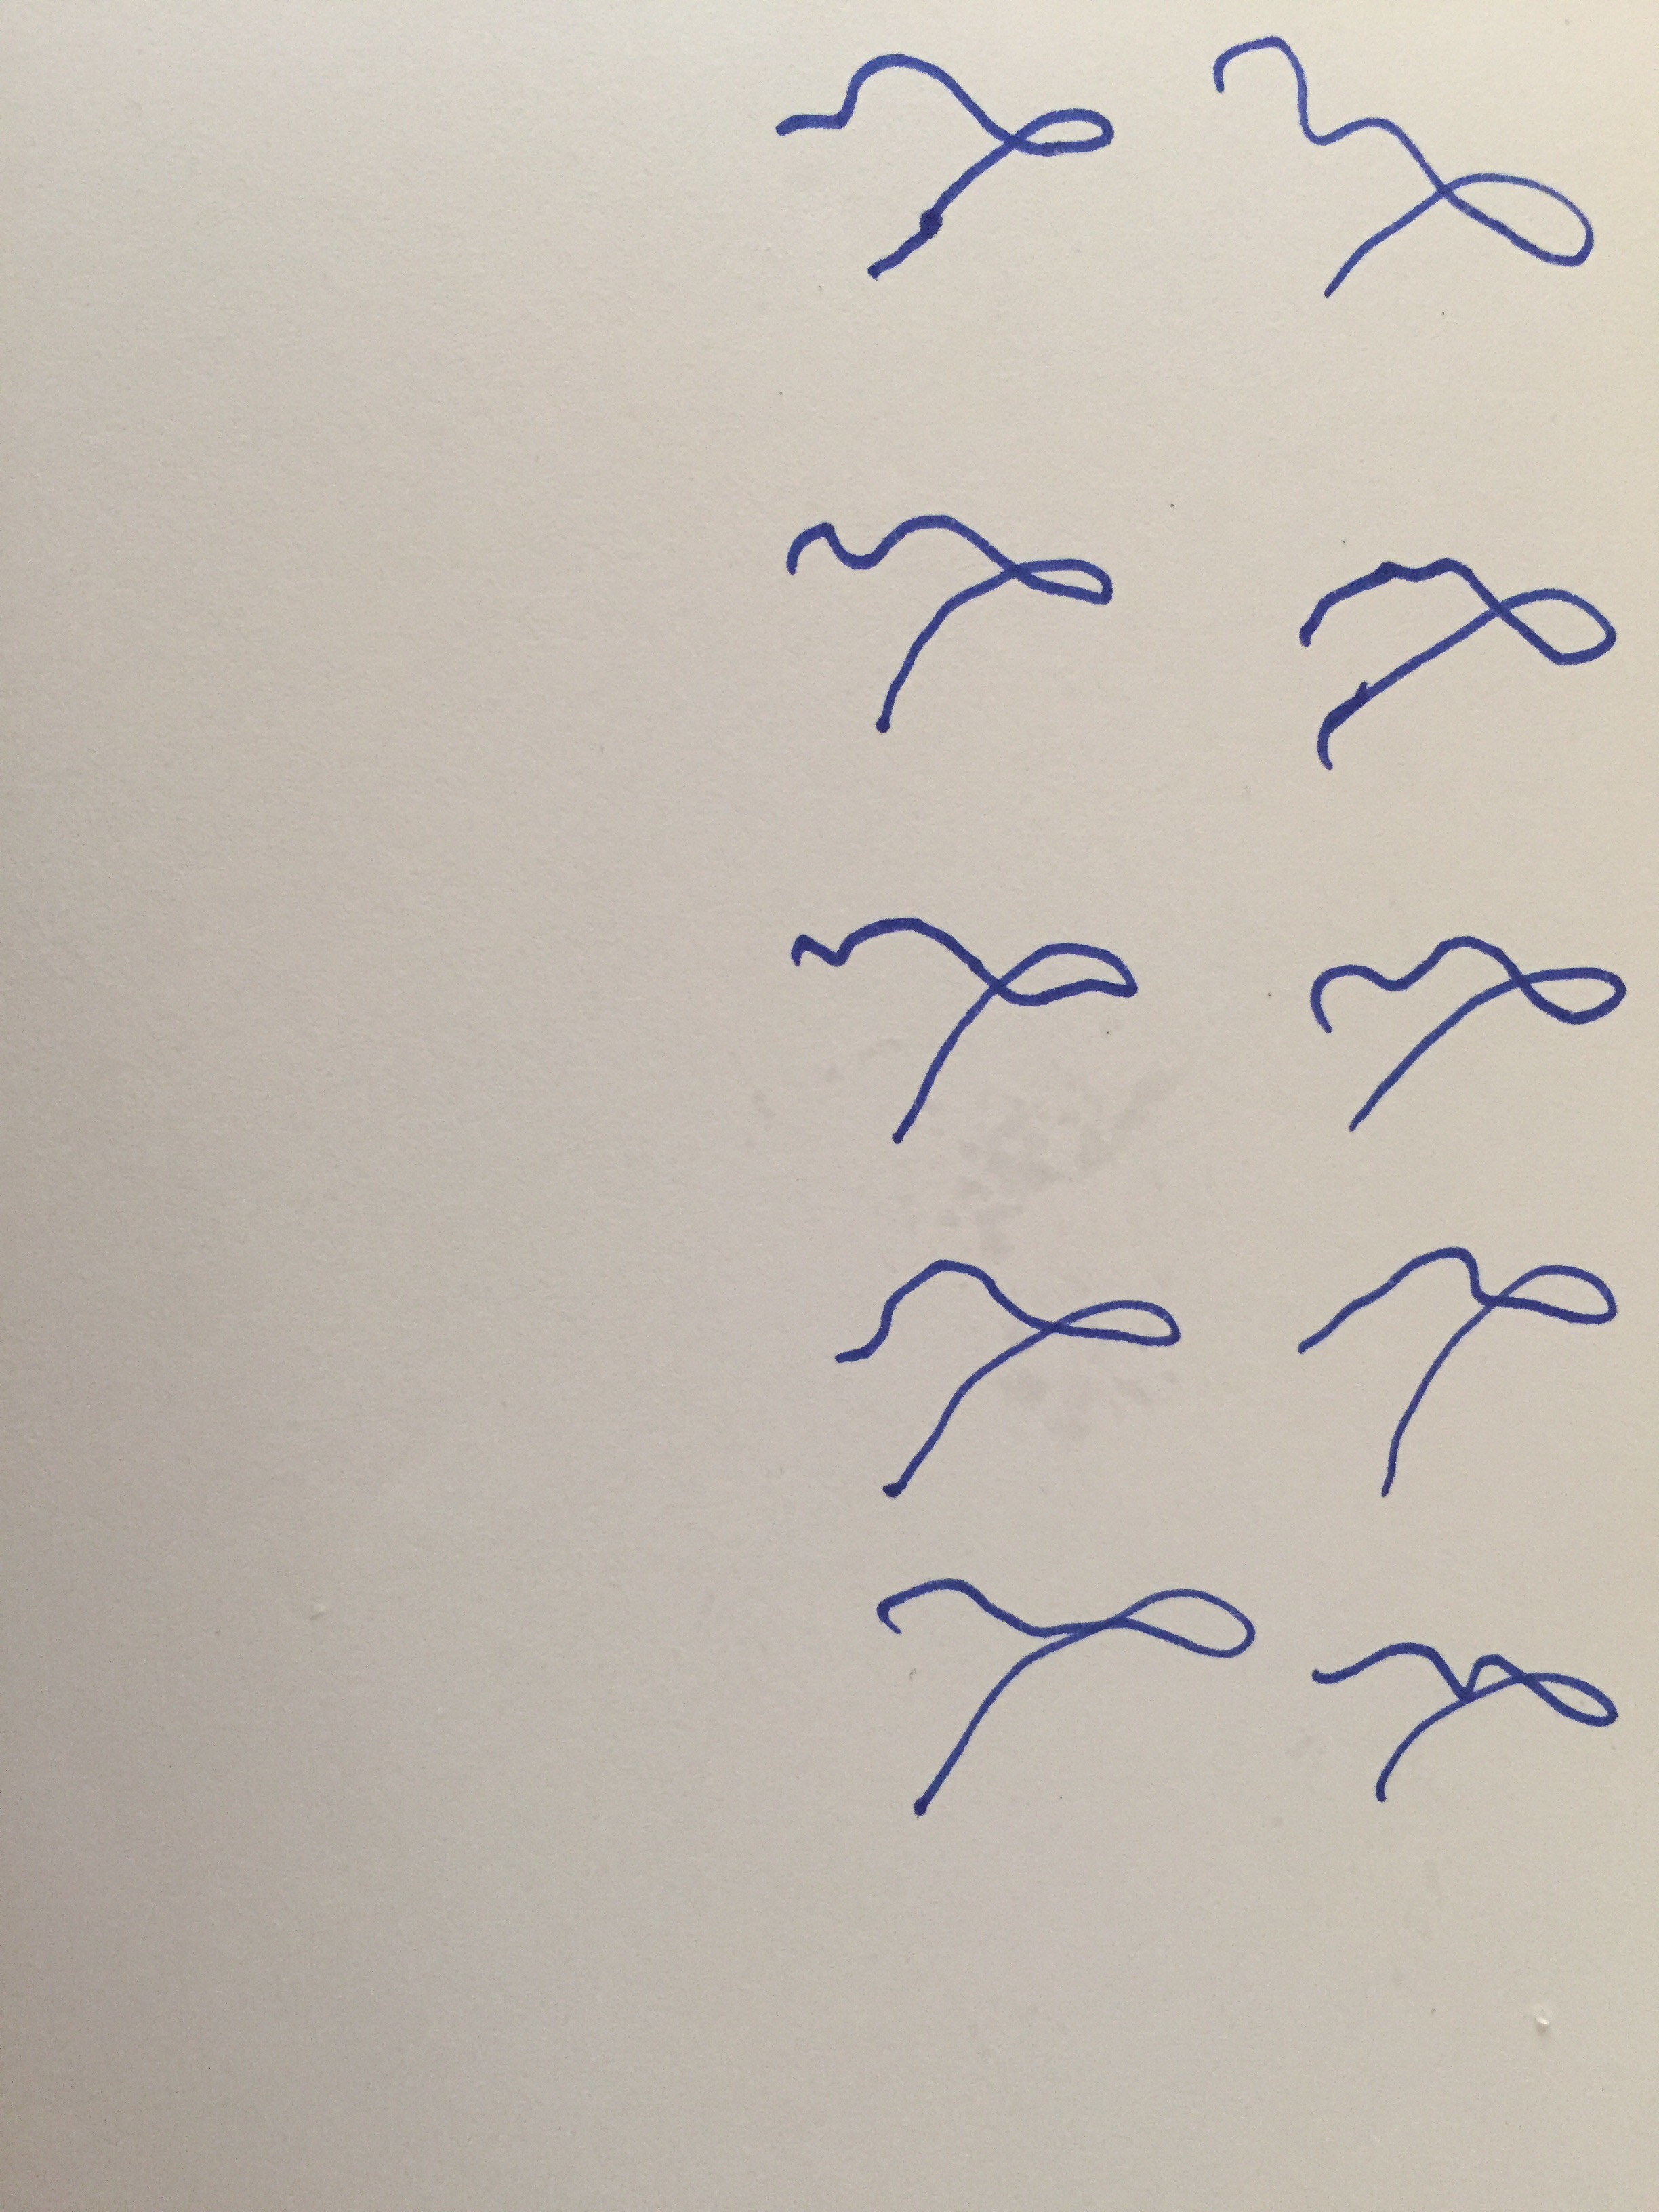
Signature authenticity: forged